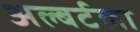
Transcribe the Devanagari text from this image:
अल्बर्टला